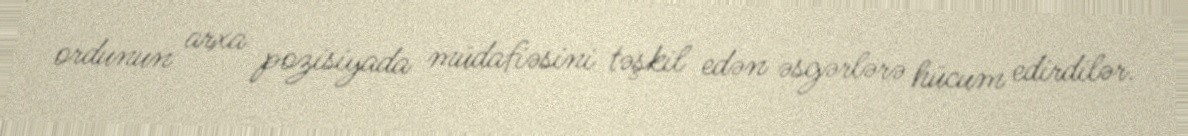
ordunun arxa pozisiyada müdafiəsini təşkil edən əsgərlərə hücum edirdilər.